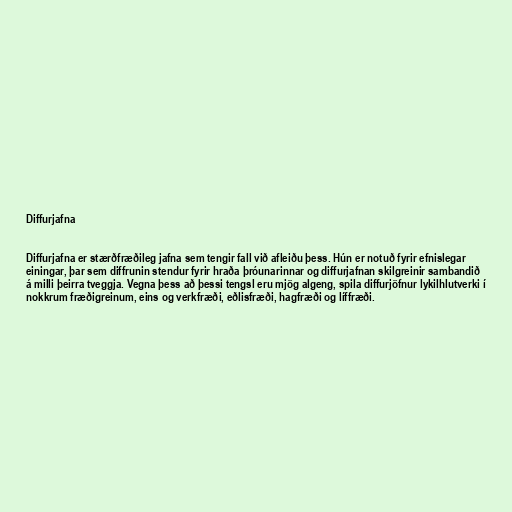
Diffurjafna

Diffurjafna er stærðfræðileg jafna sem tengir fall við afleiðu þess. Hún er notuð fyrir efnislegar
einingar, þar sem diffrunin stendur fyrir hraða þróunarinnar og diffurjafnan skilgreinir sambandið
á milli þeirra tveggja. Vegna þess að þessi tengsl eru mjög algeng, spila diffurjöfnur lykilhlutverki í
nokkrum fræðigreinum, eins og verkfræði, eðlisfræði, hagfræði og líffræði.